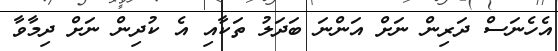
އެހެނަސް ދަރިން ނަށް އަންނަ ބަދަލު ތަކާއި އެ ކުދިން ނަށް ދިމާވާ